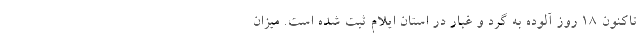
تاکنون ۱۸ روز آلوده به گرد و غبار در استان ایلام ثبت شده است. میزان